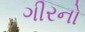
ગીરનો